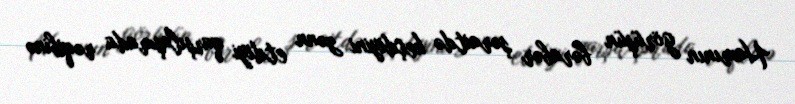
Hamının görüşün bərabər şəraitdə keçdiyini zənn etdiyi qarşılaşmada rəqibinə